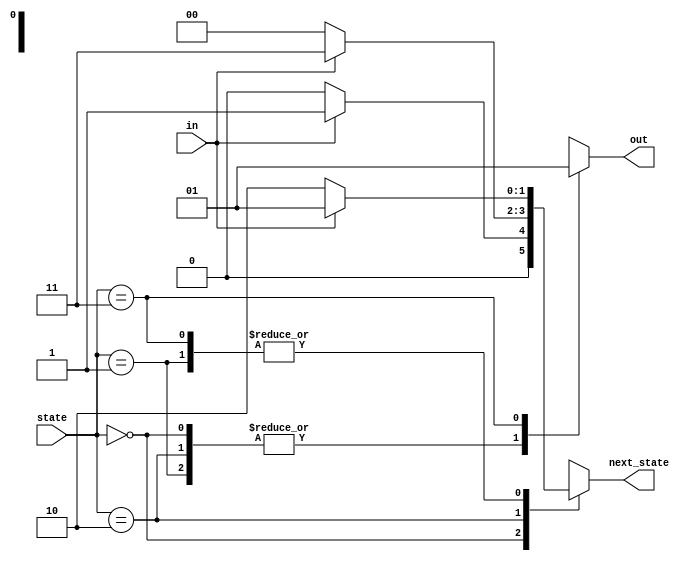
module top_module(
    input in,
    input [1:0] state,
    output [1:0] next_state,
    output reg out); 

    parameter A=0, B=1, C=2, D=3;
    
    always @(*)begin
        case(state)
            A : begin
                next_state <= in ? B : A;
                out <= 0;
            end
            B : begin
                next_state <= in ? B : C;
                out <= 0;
            end
            C : begin
                next_state <= in ? D : A;
                out <= 0;
            end
            D : begin
                next_state <= in ? B : C; 
                out <= 1;
            end
            default : begin 
                next_state <= A;
                out <= 0;
            end
        endcase
    end
    
    

endmodule